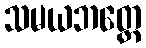
သမယဘတ္တေ